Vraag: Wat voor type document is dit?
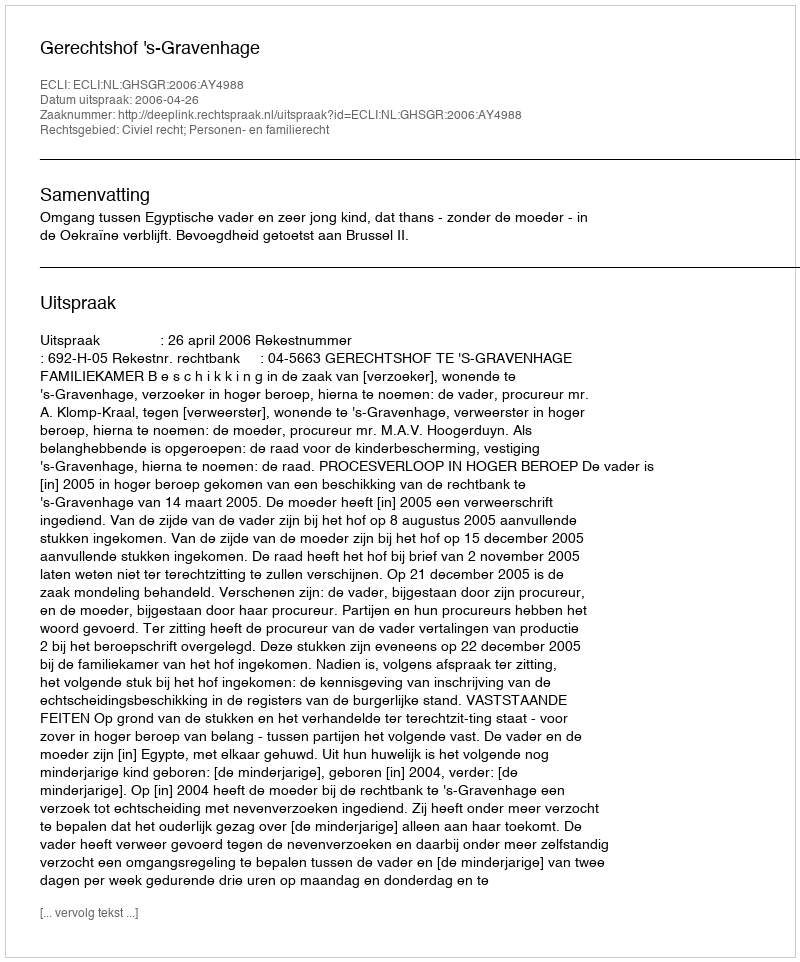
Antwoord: Uitspraak